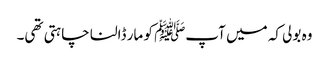
وہ بولی کہ میں آپﷺ کو مار ڈالنا چاہتی تھی۔